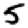
Digit: 5